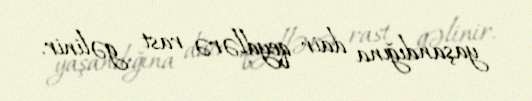
yaşandığına dair qeydlərə rast gəlinir.